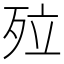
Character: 㱞